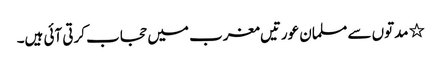
٭ مدتوں سے مسلمان عورتیں مغرب میں حجاب کرتی آئی ہیں۔